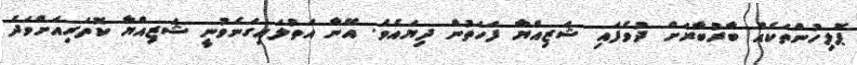
ޕޮލިހުންތަކެއް ބާރުބާރަށް ދުވެފައި ޝަޒިއްޔާ ފަހަތުން ދިޔައެވެ. އޭނާ އަތުލައިގަނެވުނީ ޝަޒިއްޔާ ކޮތަރިއަށްވަދެ